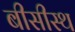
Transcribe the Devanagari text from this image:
बीसीस्थ